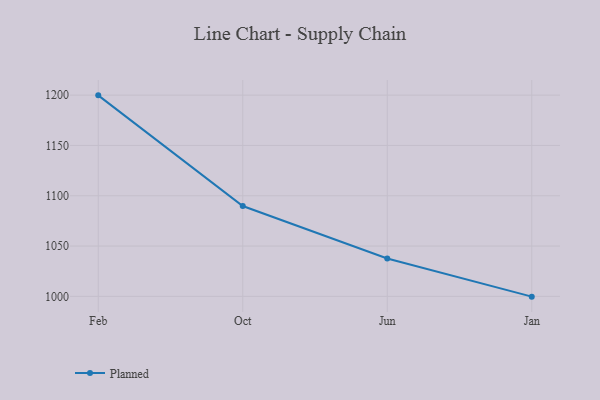
{"axis": {"x": "Month", "y": "Waste Production (Tons)"}, "legend": ["Planned"], "data": [{"x": "Feb", "y": 1199.8, "type": "Planned"}, {"x": "Oct", "y": 1089.8, "type": "Planned"}, {"x": "Jun", "y": 1037.7, "type": "Planned"}, {"x": "Jan", "y": 999.7, "type": "Planned"}]}